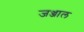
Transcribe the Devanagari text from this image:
जञ्जाल